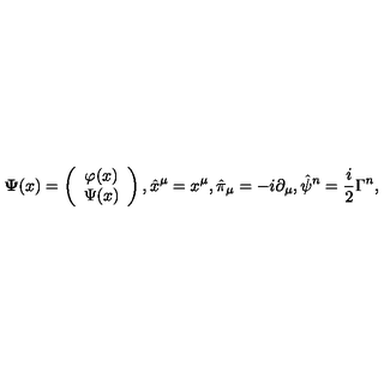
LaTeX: { \bf \Psi } ( x ) = \left( \begin{array} { c } { \varphi ( x ) } \\ { \Psi ( x ) } \\ \end{array} \right) , \hat { x } ^ { \mu } = x ^ { \mu } , \hat { \pi } _ { \mu } = - i \partial _ { \mu } , \hat { \psi } ^ { n } = \frac { i } { 2 } \Gamma ^ { n } ,